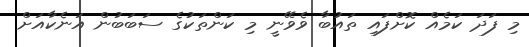
މި ފަދަ ކަމެއް ކޮށްފައި ތައުބާ ވެވޭނީ މި ކަންތަކުގެ ސަބަބުން އަނެކާއަށް